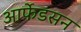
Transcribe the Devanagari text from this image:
आर्फेडसन